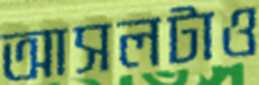
আসলটাও